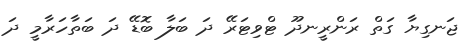
ޖަނގިޔާ ގަތް ރަންރީނދޫ ޓްވިޓަރޭ ދަ ބަލާ ބޮޑޭ ދަ ބަތާހަރާމީ ދަ